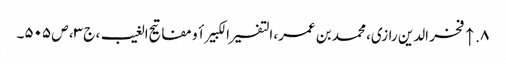
۸. ↑ فخر الدین رازی، محمد بن عمر، التفسیر الکبیر أو مفاتیح الغیب، ج ۳، ص ۵۰۵۔